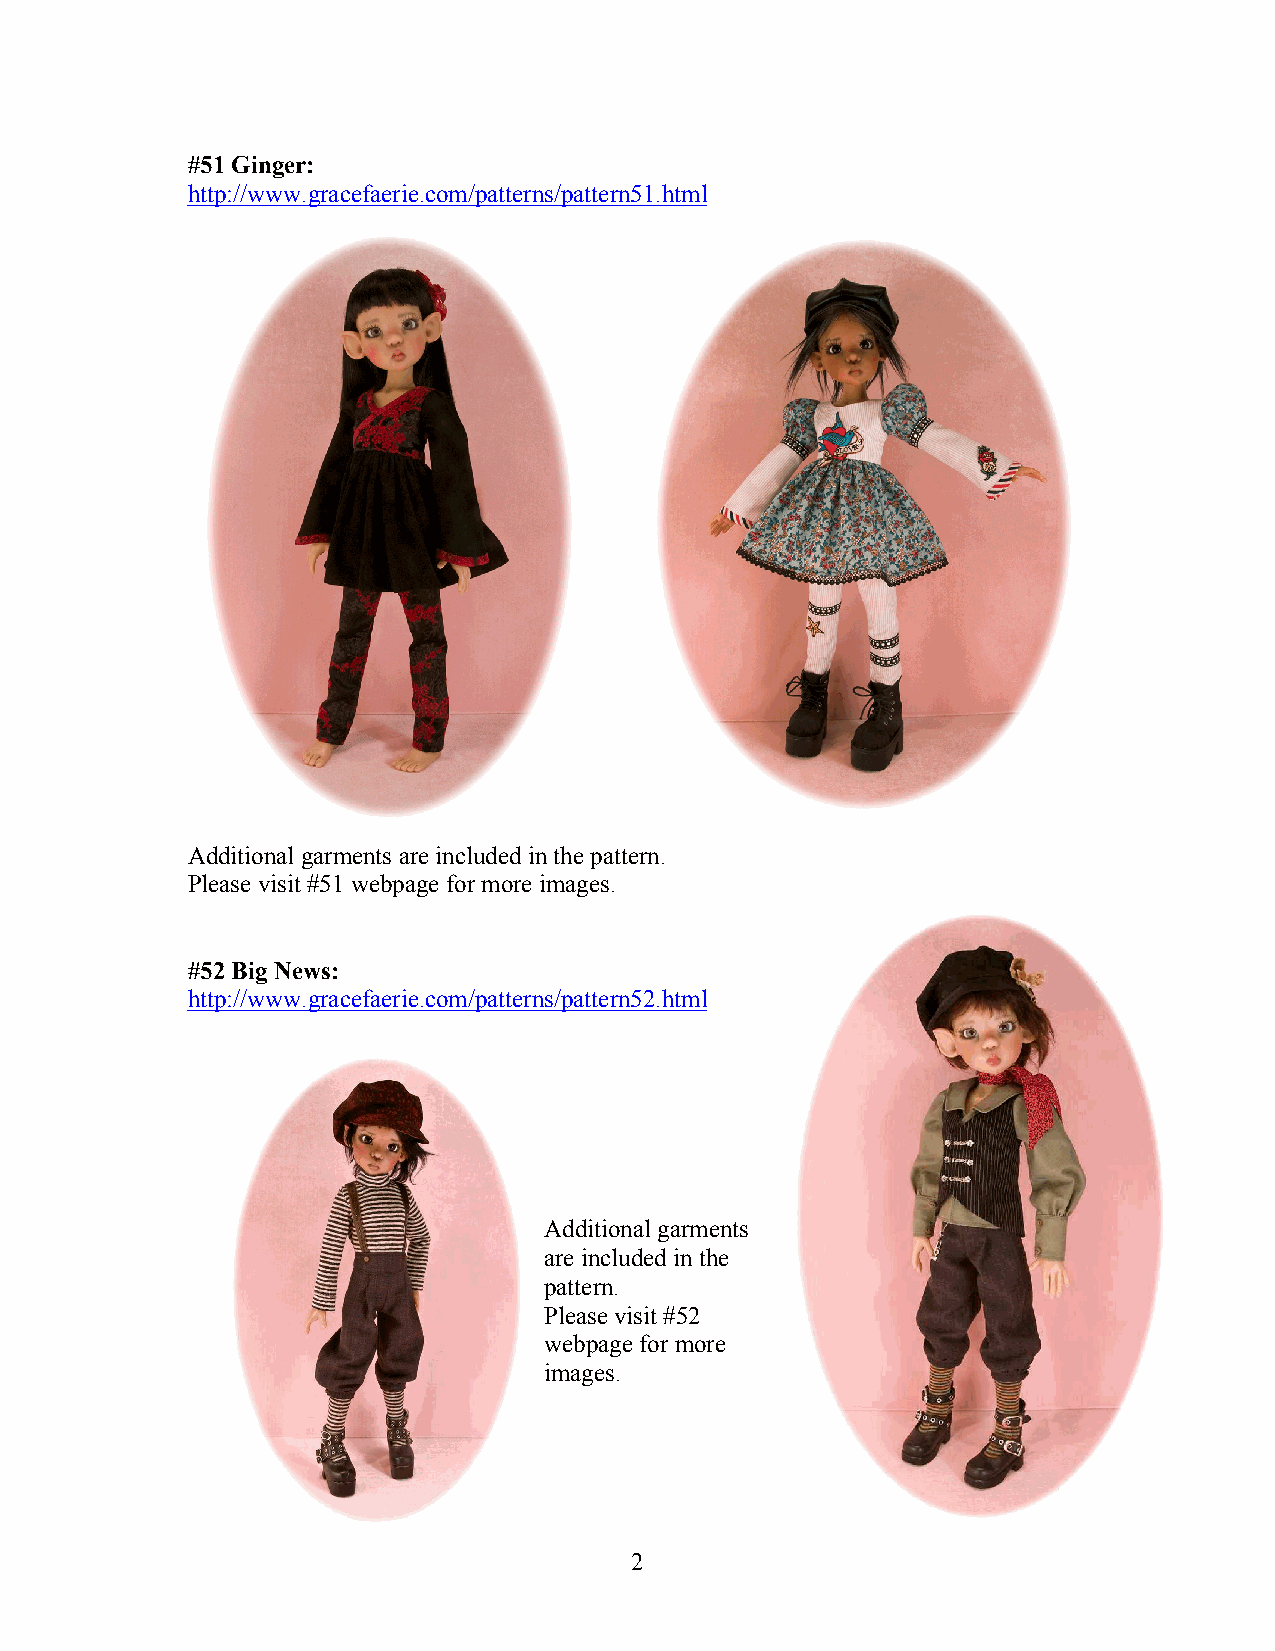
#51 Ginger:
 http://www.gracefaerie.com/patterns/pattern51.html
 Additional garments are included in the pattern.
 Please visit #51 webpage for more images.
 #52 Big News:
 http://www.gracefaerie.com/patterns/pattern52.html
 Additional garments
 are included in the
 pattern.
 Please visit #52
 webpage for more
 images.
 2